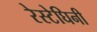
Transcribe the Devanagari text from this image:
रेस्टेघिनी